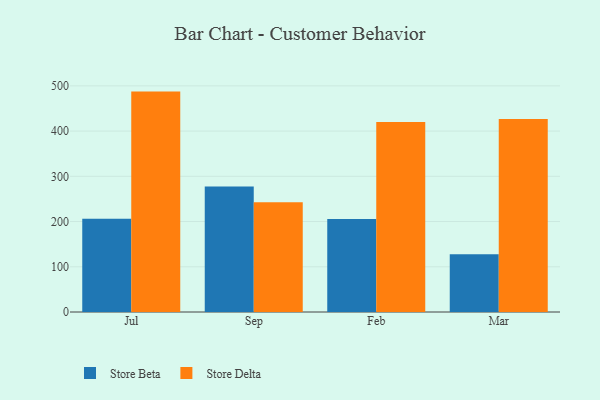
{"axis": {"x": "Month", "y": "Humidity (%)"}, "legend": ["Store Beta", "Store Delta"], "data": [{"x": "Jul", "y": 206.4, "type": "Store Beta"}, {"x": "Jul", "y": 487.3, "type": "Store Delta"}, {"x": "Sep", "y": 277.5, "type": "Store Beta"}, {"x": "Sep", "y": 242.9, "type": "Store Delta"}, {"x": "Feb", "y": 205.4, "type": "Store Beta"}, {"x": "Feb", "y": 420.0, "type": "Store Delta"}, {"x": "Mar", "y": 127.6, "type": "Store Beta"}, {"x": "Mar", "y": 426.5, "type": "Store Delta"}]}